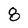
Character: 8